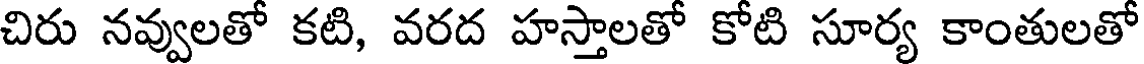
చిరు నవ్వులతో కటి, వరద హస్తాలతో కోటి సూర్య కాంతులతో